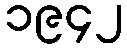
၁၉၄၂